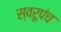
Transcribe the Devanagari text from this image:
स्वरुपंच